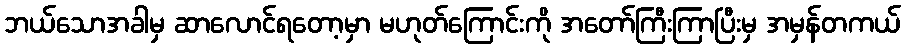
ဘယ်သောအခါမှ ဆာလောင်ရတော့မှာ မဟုတ်ကြောင်းကို အတော်ကြီးကြာပြီးမှ အမှန်တကယ်